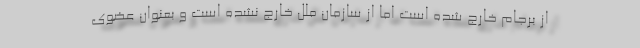
از برجام خارج شده است اما از سازمان ملل خارج نشده است و بعنوان عضوی